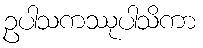
ဥပါသကဿုပါသိကာ